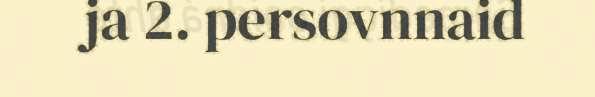
ja 2. persovnnaid